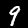
Digit: 9